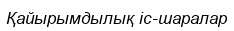
Қайырымдылық іс-шаралар